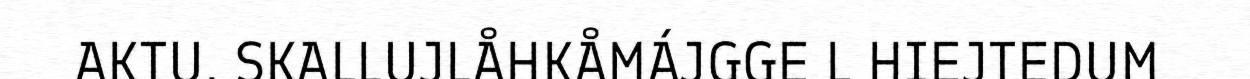
AKTU. SKALLUJLÅHKÅMÁJGGE L HIEJTEDUM